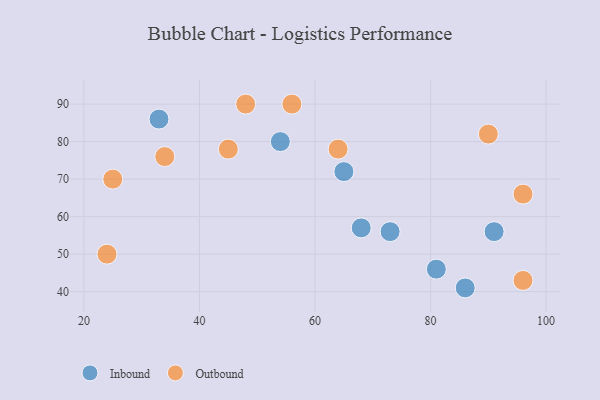
{"axis": {"x": "GDP", "y": "Life Expectancy"}, "legend": ["Inbound", "Outbound"], "data": [{"x": "54", "y": 80, "type": "Inbound"}, {"x": "65", "y": 72, "type": "Inbound"}, {"x": "91", "y": 56, "type": "Inbound"}, {"x": "68", "y": 57, "type": "Inbound"}, {"x": "86", "y": 41, "type": "Inbound"}, {"x": "33", "y": 86, "type": "Inbound"}, {"x": "81", "y": 46, "type": "Inbound"}, {"x": "73", "y": 56, "type": "Inbound"}, {"x": "48", "y": 90, "type": "Outbound"}, {"x": "96", "y": 43, "type": "Outbound"}, {"x": "64", "y": 78, "type": "Outbound"}, {"x": "34", "y": 76, "type": "Outbound"}, {"x": "25", "y": 70, "type": "Outbound"}, {"x": "24", "y": 50, "type": "Outbound"}, {"x": "96", "y": 66, "type": "Outbound"}, {"x": "45", "y": 78, "type": "Outbound"}, {"x": "90", "y": 82, "type": "Outbound"}, {"x": "56", "y": 90, "type": "Outbound"}]}